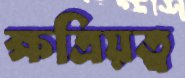
ক্ষত্রিয়ত্ব